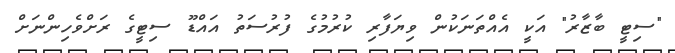
"ސިޓީ ބާޒާރު" އަކީ އެއްތަނަކުން ވިޔަފާރި ކުރުމުގެ ފުރުސަތު އައްޑޫ ސިޓީގެ ރަށްވެހިންނަށް